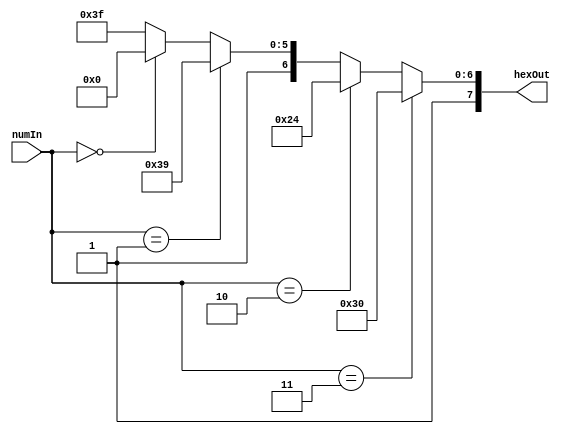
module segmentdriver(numIn, hexOut);

    input [1:0] numIn;
    output reg [7:0] hexOut; 

    always @ (numIn) begin
        // Controls hexOut
        if(numIn == 2'b11) // input 3
            hexOut <= 8'b10110000; // 3
        else if(numIn == 2'b10) // input 2
            hexOut <= 8'b10100100; // 2
        else if(numIn == 2'b01) // input 1
            hexOut <= 8'b11111001; // 1
        else if(numIn == 2'b00) // input 0
            hexOut <= 8'b11000000; // 0
        else
            hexOut <= 8'b11111111; // OFF
    end

endmodule